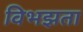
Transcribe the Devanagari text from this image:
विभझता